Leprosy in India: report of the Leprosy Commission in India, 1890-91
Year: 1890
Disease focus: Leprosy
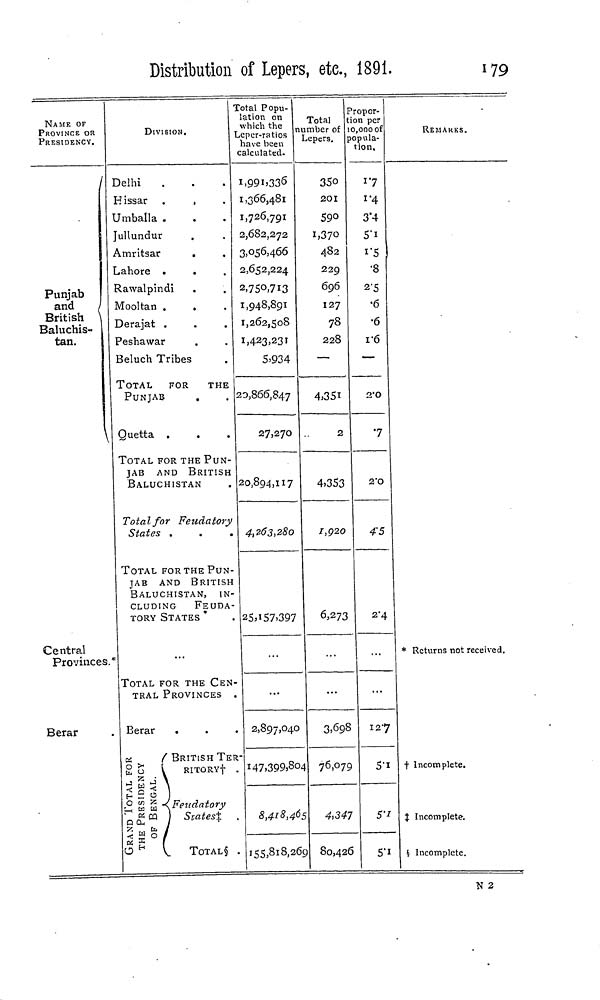
Distribution of Lepers, etc, 1891.
179
NAME OF
PROVINCE OR
PRESIDENCY.
I
Punjab
and
British \
Baluchis-
tan.
Central
Provinces
Berar
DIVISION.
Delhi
Hissar .
,
Umballa .
Jullundur
Amritsar
Lahore .
Rawalpindi
Mooltan .
Derajat .
Peshawar
Beluch Tribes
TOTAL
FOR
THE
PUNJAB
Quetta .
TOTAL FOR THE PUN-
JAB AND BRITISH
BALUCHISTAN
Totalfor Feudatory
States .
TOTAL FOR THE PUN-
JAB AND BRITISH
BALUCHISTAN,
IN-
CLUDING
FEUDA-
TORY STATES *
TOTAL FOR THE CEN
TRAL PROVINCES
. Berar
<&
( BRITISH TEI
g O
RITORYf
j ?, J 1
L'OTA:
ESIDE
ENGA
'0 £ W
States*
7: fa
< 2 o
O H
TOTAL§
Total Popu-
lation on
which the
Leper-ratios
have been
calculated.
1,991.336
1,366,481
1,726,791
2,682,272
3,056,466
2,652,224
2,750,713
1,948,891
1,262,508
1,423.231
5.934
20,866,847
27,270
20,894,117
4,263,280
25; 157.397
. 2,897,04c
1-
. 147.399,3c
.
8,418,4
• 155,818,2
Total
number of
Lepers.
350
201
590
I.37O
482
229
696
127
78
228
—
4,351
2
4.353
I,Q20
6,273
>
3,692
H 7 6 >°7
55 4,34
59 80,42
Propor-
tion per
10,000 of
popula-
tion.
17
i*4
3'4
5"i
i'5
•8
2-5
•6
•6
i-6
—
2"O
7
2'O
45
2-4
3 127
3
S'l
7
5 1 '
5
5-
REMARKS.
* Returns not received.
t Incomplete.
% Incomplete.
§ Incomplete.
N 2